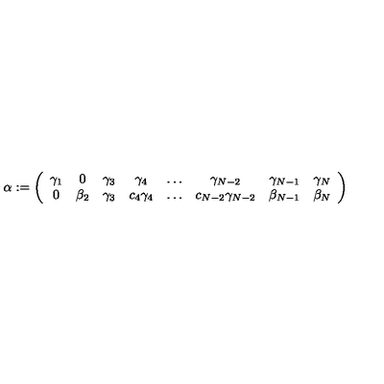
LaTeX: \alpha : = \left( \begin{array} { c c c c c c c c } { \gamma _ { 1 } } & { 0 } & { \gamma _ { 3 } } & { \gamma _ { 4 } } & { \ldots } & { \gamma _ { N - 2 } } & { \gamma _ { N - 1 } } & { \gamma _ { N } } \\ { 0 } & { \beta _ { 2 } } & { \gamma _ { 3 } } & { c _ { 4 } \gamma _ { 4 } } & { \ldots } & { c _ { N - 2 } \gamma _ { N - 2 } } & { \beta _ { N - 1 } } & { \beta _ { N } } \\ \end{array} \right)